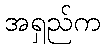
အရှည်က